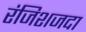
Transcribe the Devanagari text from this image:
रंजिशजदा